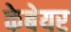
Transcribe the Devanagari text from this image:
केबेयर